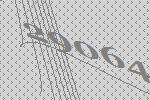
29064